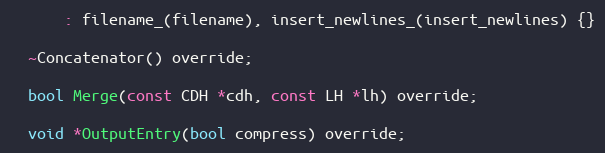
Language: C
      : filename_(filename), insert_newlines_(insert_newlines) {}

  ~Concatenator() override;

  bool Merge(const CDH *cdh, const LH *lh) override;

  void *OutputEntry(bool compress) override;